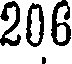
206